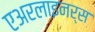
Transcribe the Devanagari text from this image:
एअरलाइनर्स